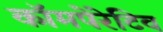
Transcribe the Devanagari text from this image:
कॉमपेरेटिव